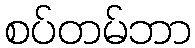
စပ်တမ်ဘာ